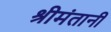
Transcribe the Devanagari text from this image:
श्रीमंतानी